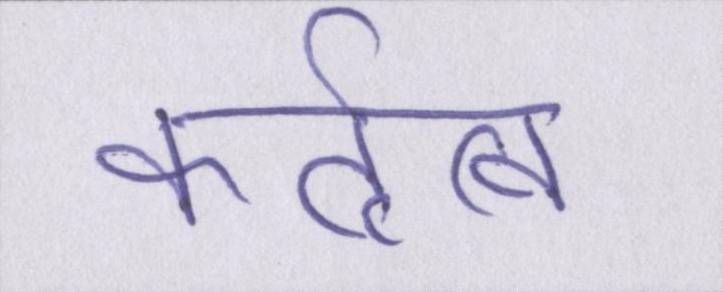
कर्तृत्व